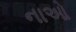
નાઓ